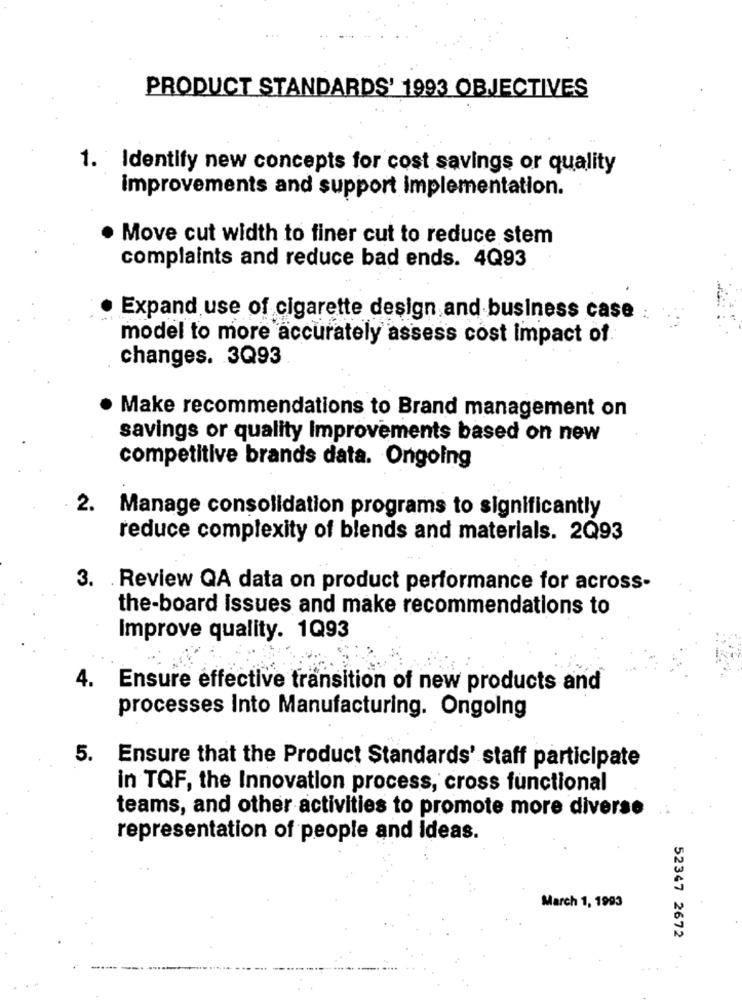
PRODUCT STANDARDS' 1993 OBJECTIVES
1. Identify new concepts for cost savings or quality
improvements and support implementation.
Move cut width to finer cut to reduce stem
complaints and reduce bad ends. 4Q93
Expand use of cigarette design and business case :
model to more accurately assess cost impact of
changes. 3Q93
Make recommendations to Brand management on
savings or quality Improvements based on new
competitive brands data. Ongoing
2. Manage consolidation programs to significantly
reduce complexity of blends and materials. 2Q93
3. Review QA data on product performance for across-
the-board issues and make recommendations to
Improve quality. 1Q93
4.
Ensure effective transition of new products and
processes Into Manufacturing. Ongoing
5.
Ensure that the Product Standards' staff participate
in TQF, the Innovation process, cross functional
teams, and other activities to promote more diverse
representation of people and Ideas.
March 1, 1993
52347 2672